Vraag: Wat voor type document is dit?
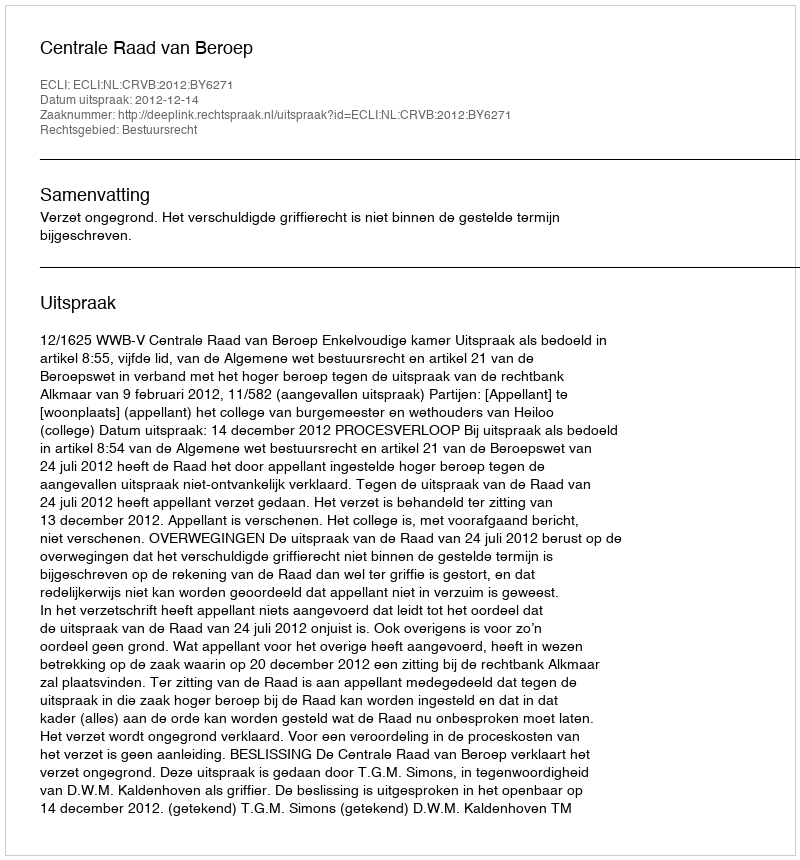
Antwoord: Uitspraak